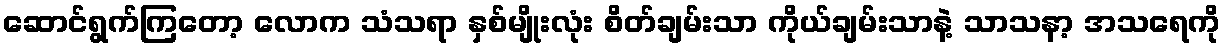
ဆောင်ရွက်ကြတော့ လောက သံသရာ နှစ်မျိုးလုံး စိတ်ချမ်းသာ ကိုယ်ချမ်းသာနဲ့ သာသနာ့ အသရေကို